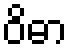
ဝိဓာ